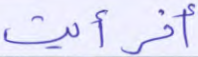
أفرأيت